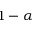
1 - \alpha